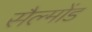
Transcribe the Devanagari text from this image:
सैल्मोंड